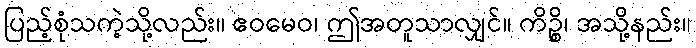
ပြည့်စုံသကဲ့သို့လည်း။ ဧဝမေဝ၊ ဤအတူသာလျှင်။ ကိဉ္စိ၊ အသို့နည်း။